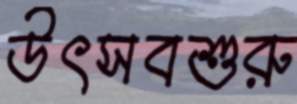
উৎসবশুরু